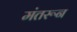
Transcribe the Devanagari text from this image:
मंतरून